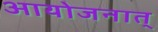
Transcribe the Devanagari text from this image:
आयोजनात्